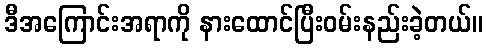
ဒီအကြောင်းအရာကို နားထောင်ပြီးဝမ်းနည်းခဲ့တယ်။